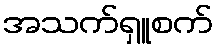
အသက်ရှူစက်